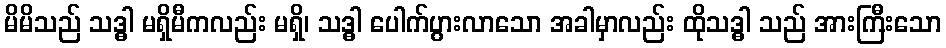
မိမိသည် သဒ္ဓါ မရှိမီကလည်း မရှိ၊ သဒ္ဓါ ပေါက်ပွားလာသော အခါမှာလည်း ထိုသဒ္ဓါ သည် အားကြီးသော